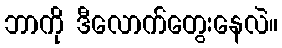
ဘာကို ဒီလောက်တွေးနေလဲ။